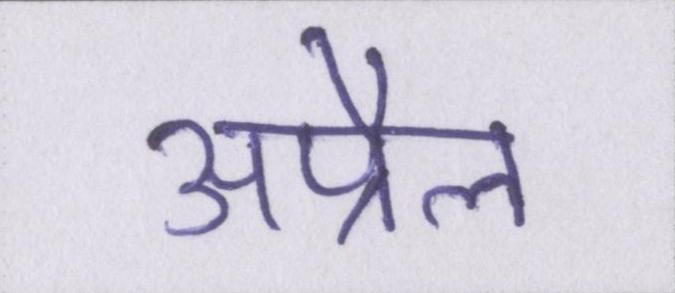
अप्रैल